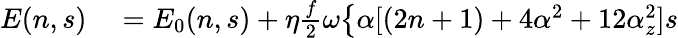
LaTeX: \begin{array}{rl}{E(n,s)}&{{}=E_{0}(n,s)+\eta\frac{f}{2}\omega\big\{ \alpha[(2n+1)+4\alpha^{2}+12\alpha_{z}^{2}]s}\end{array}